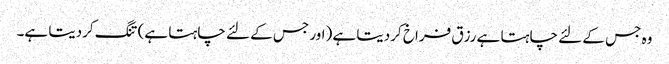
وہ جس کے لئے چاہتا ہے رزق فراخ کردیتا ہے (اور جس کے لئے چاہتا ہے) تنگ کردیتا ہے۔